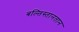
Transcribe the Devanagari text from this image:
बल्तिस्तानतान